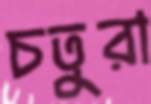
চতুরা